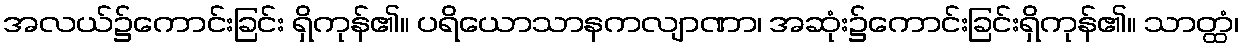
အလယ်၌ကောင်းခြင်း ရှိကုန်၏။ ပရိယောသာနကလျာဏာ၊ အဆုံး၌ကောင်းခြင်းရှိကုန်၏။ သာတ္ထံ၊